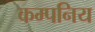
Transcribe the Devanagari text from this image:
कम्पनिय